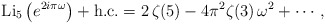
\begin{align*}{\rm Li}_5\left(e^{2 i \pi \omega}\right)+{\rm h.c.}=2 \, \zeta(5)-4\pi^2 \zeta(3)\,\omega^2+\cdots\, ,\end{align*}